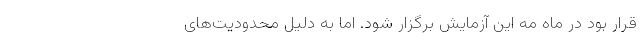
قرار بود در ماه مه این آزمایش برگزار شود. اما به دلیل محدودیت‌های